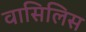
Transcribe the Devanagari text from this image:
वासिलिस